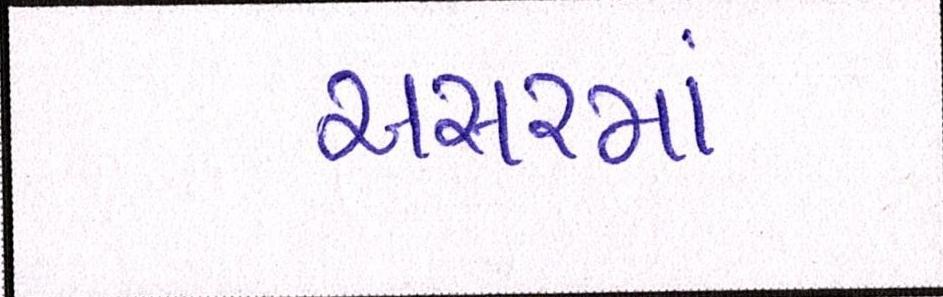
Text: અસરમાં